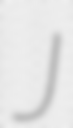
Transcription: J